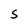
Character: S